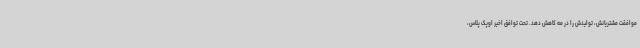
موافقت مشتریانش، تولیدش را در مه کاهش دهد. تحت توافق اخیر اوپک پلاس،